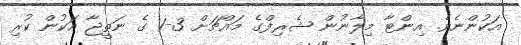
އަކުންނެވެ. އިންޓާ މިލާނުން ޝެރިފްގެ މައްޗަށް 3-1 ގެ ނަތީޖާ އަކުން ކުރި